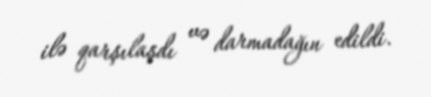
ilə qarşılaşdı və darmadağın edildi.